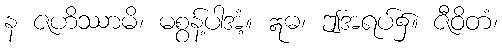
န ဇဟိဿာမိ၊ မစွန့်ပါအံ့။ ဣဓ၊ ဤအရပ်၌။ ဇီဝိတံ၊